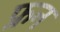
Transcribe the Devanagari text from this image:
फ्रन